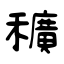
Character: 穬